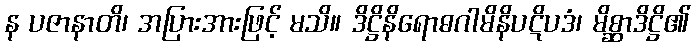
န ပဇာနာတိ၊ အပြားအားဖြင့် မသိ။ ဒိဋ္ဌိနိရောဓဂါမိနိပဋိပဒံ၊ မိစ္ဆာဒိဋ္ဌိ၏